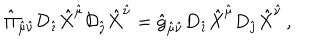
{ \hat { \Pi } } _ { { \hat { \mu } } { \hat { \nu } } } { \cal D } _ { \hat { \imath } } { \hat { X } } ^ { \hat { \mu } } { \cal D } _ { \hat { \jmath } } { \hat { X } } ^ { \hat { \nu } } = { \hat { g } } _ { { \hat { \mu } } { \hat { \nu } } } D _ { \hat { \imath } } { \hat { X } } ^ { \hat { \mu } } D _ { \hat { \jmath } } { \hat { X } } ^ { \hat { \nu } } \, ,